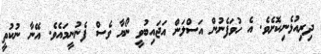
ދިރިއުޅެނިކޮށެވެ. އެ ހުވަފެނުން އަސްލަން އަޖައިބުވީ ނޯޔާ ވެސް ފެނުނީމައެވެ. އޭނާ ނުކުތީ